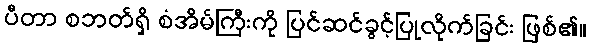
ပီတာ စဘတ်ရှိ စံအိမ်ကြီးကို ပြင်ဆင်ခွင့်ပြုလိုက်ခြင်း ဖြစ်၏။